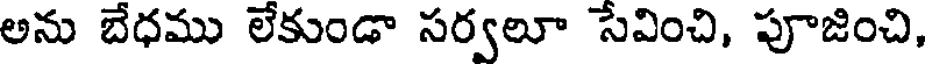
అను బేధము లేకుండా సర్వలూ సేవించి, పూజించి,